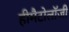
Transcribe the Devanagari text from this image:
हीमैटोलॉजी